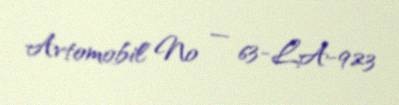
Avtomobil № — 63-LA-923